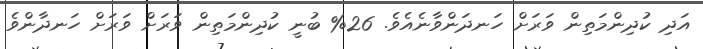
އަދި ކުދިންމަތިން ވަރަށް ހަނދަންވާނެއެވެ. 26% ބުނީ ކުދިންމަތިން ވަރަށް ވަރަށް ހަނދާންވެ